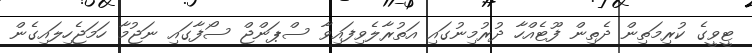
ޓީވީގެ ކުރިމަތިން ދެތިން ފޫޓެއްހާ ދުރުމިނުގައި އަތުރާލެވިފައިވާ ސްޕަންޖް ސޯފާގައި ނަޖުމާ ހަމަޖެހިލައިގެން